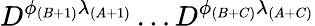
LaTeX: D^{\phi_{(B+1)}\lambda_{(A+1)}}\dots D^{\phi_{(B+C)}\lambda_{(A+C)}}